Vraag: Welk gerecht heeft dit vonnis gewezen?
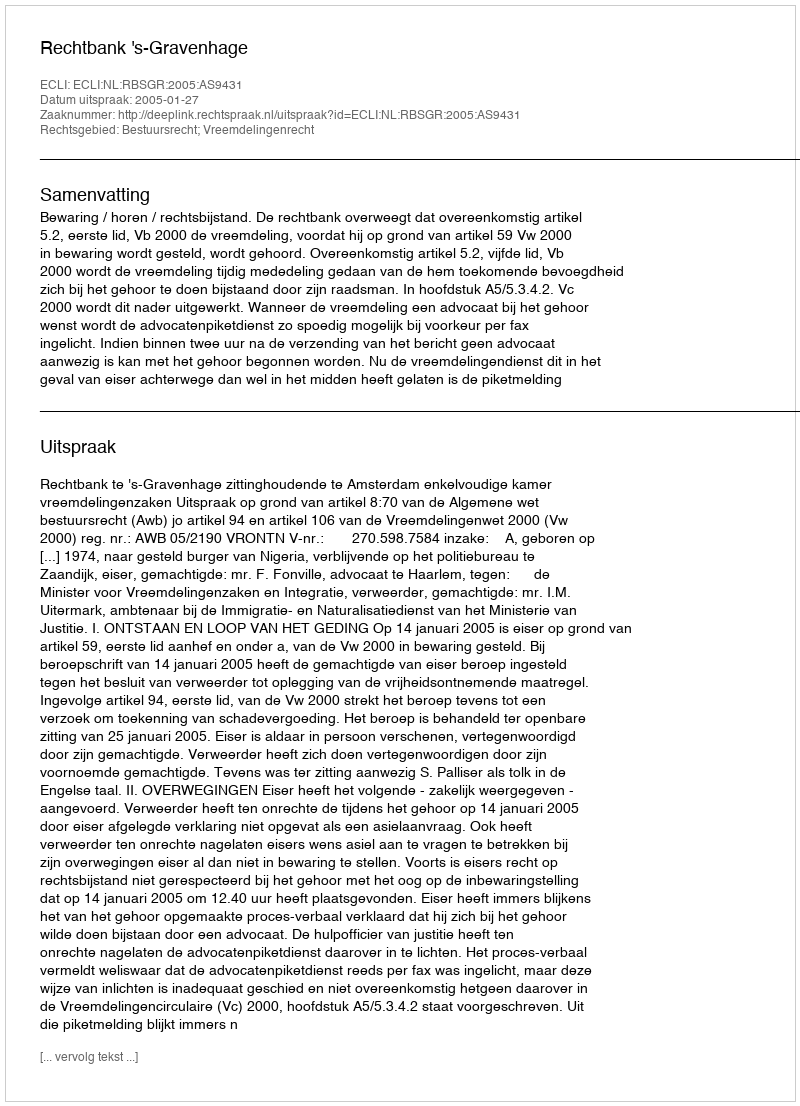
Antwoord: Rechtbank 's-Gravenhage